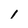
Character: 1